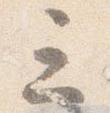
三